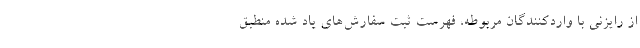
از رایزنی با واردکنندگان مربوطه، فهرست ثبت‌ سفارش‌های یاد شده منطبق